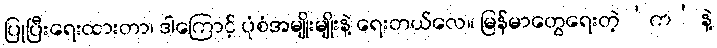
ပြုပြီးရေးထားတာ၊ ဒါကြောင့် ပုံစံအမျိုးမျိုးနဲ့ ရေးတယ်လေ။ မြန်မာတွေရေးတဲ့ ‘က’ နဲ့